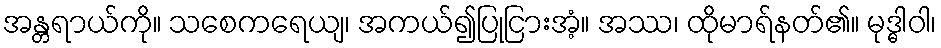
အန္တရာယ်ကို။ သစေကရေယျ၊ အကယ်၍ပြုငြားအံ့။ အဿ၊ ထိုမာရ်နတ်၏။ မုဒ္ဓါဝါ၊